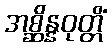
အစ္ဆိန္နဝုတ္တိံ